system: You are a helpful assistant.
user:
Analyze the provided spectrum to determine if it is a **S-type Star**.

- **Key Indicators for S-type Star:**

    - **(Overall Spectrum Shape):** The first and most obvious characteristic is the overall continuum (the "baseline" shape). It is **extremely "red-sloping,"** meaning the flux (light intensity) is very low on the left side (blue, ~4000-4500 Å) and rises steeply and continuously toward the right side (red, ~7000 Å+).

    - **(Primary):** The spectrum is defined by the presence of strong, broad molecular absorption "valleys" (bands) from **Zirconium Oxide (ZrO)**. The identification of these bands is the **primary requirement** for classifying a star as S-type.
        - **(Key Bandheads):** You must find distinct, deep "dips" where the light has been absorbed. The most critical band systems to locate are:
            - **~6474 Å** ($\gamma$-system): This is often the strongest and clearest ZrO feature, found in the red part of the spectrum.
            - **~5718 Å** & **~5551 Å** ($\beta$-system): A pair of prominent absorption features in the yellow-orange part of the spectrum.
            - **~4640 Å** ($\alpha$-system): A key absorption band system in the blue-green region of the spectrum.

    - **(Secondary Confirmation):** The classification is strengthened by finding additional absorption bands from other related heavy element oxides, which are expected to be present alongside ZrO.
        - **(Key Bandheads):**
            - **Yttrium Oxide (YO):** Look for absorption dips near **~4800 Å** and **~6100 Å**.
            - **Lanthanum Oxide (LaO):** Additional absorption features, particularly in the red-orange part of the spectrum, are also characteristic.

    - **(Line Profile):** The combination of the steep red continuum and these numerous, deep molecular bands (ZrO, YO, etc.) gives the entire spectrum a very **"chopped-up"** or **"bumpy"** appearance. Instead of a smooth curve, the spectrum looks as though large, wide chunks of light have been "carved out" of it at the specific wavelengths listed above.

Think first, call **spectral_visualization_tool** if needed to examine features in detail, then provide your final answer. Your response must adhere to the following strict rules:
1.  **Overall Structure:** Your response must follow the format `<think>...</think> <tool_call>...</tool_call> (if a tool is used) <answer>...</answer>`.
2.  **Tool Usage Constraint:** You may only make **one** tool call per turn.
3.  **Final Answer Format:** In the `<answer>` tag, your conclusion must be inside a `\boxed{}` command (e.g., `\boxed{YES}` or `\boxed{NO}`), followed by your justification.

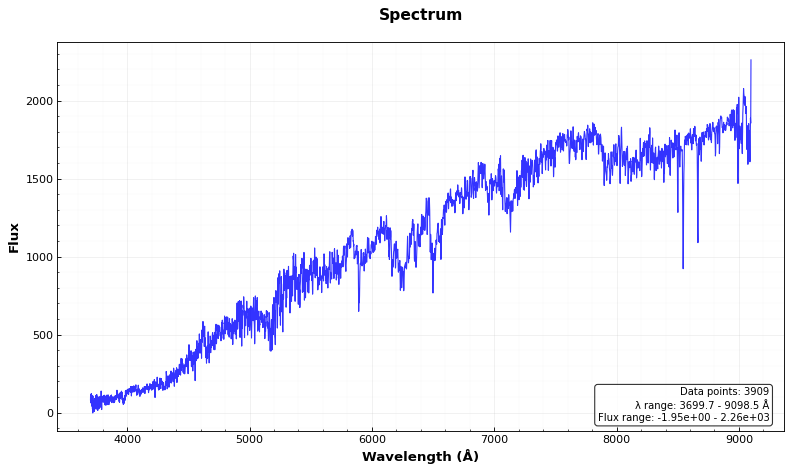
Answer: YES